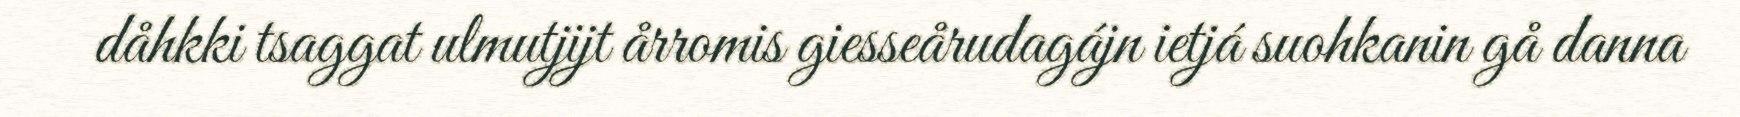
dåhkki tsaggat ulmutjijt årromis giesseårudagájn ietjá suohkanin gå danna